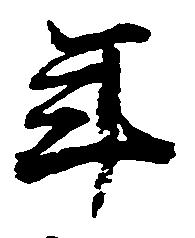
年